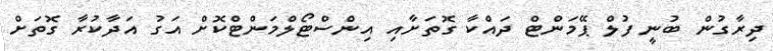
ދިރާގުން ބުނީ ފުލް ޕޭމަންޓް ދައްކާ ގޮތަށާއި އިންސްޓޯލްމަންޓްކޮށް އަގު އަދާކުރާ ގޮތަށް